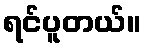
ရင်ပူတယ်။